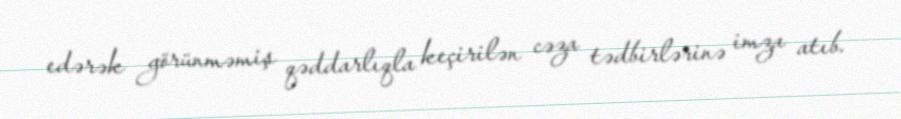
edərək görünməmiş qəddarlıqla keçirilən cəza tədbirlərinə imza atıb.